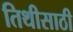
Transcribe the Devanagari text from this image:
तिथीसाठी